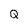
Character: Q